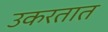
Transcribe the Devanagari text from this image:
उकरतात